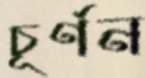
চূর্ণন